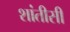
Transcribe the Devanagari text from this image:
शांतीसी